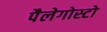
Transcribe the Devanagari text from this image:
पैलेगोस्टो